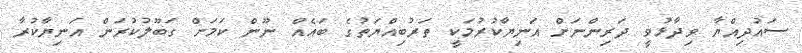
ސައުދިއްޔާ ވިދާޅުވީ ދަރިންނަށް އަނިޔާކުރުމަކީ ތަރުބިއްޔަތުގެ ބައެއް ނޫން ކަމަށް ގަބޫލުކުރަން އަނިޔާކުރާ